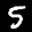
Label: 5